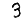
Digit: 3